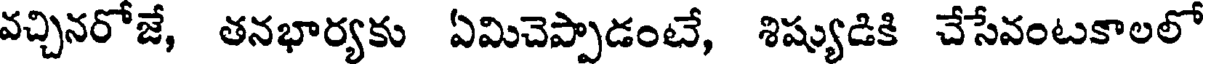
వచ్చినరోజే, తనభార్యకు ఏమిచెప్పాడంటే, శిష్యుడికి చేసేవంటకాలలో